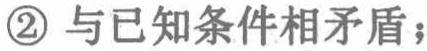
\textcircled{2} 与已知条件相矛盾；